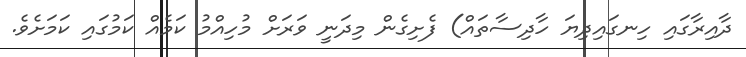
ދާއިރާގައި ހިނގައިދިޔަ ހާދިސާތައް) ފެށިގެން މިދަނީ ވަރަށް މުހިއްމު ކަމެއް ކަމުގައި ކަމަށެވެ.